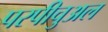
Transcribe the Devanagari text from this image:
परपीचुअल